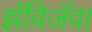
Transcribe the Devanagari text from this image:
झॅविजॅवा